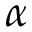
\alpha